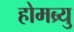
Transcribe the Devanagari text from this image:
होमब्र्यु